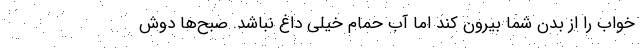
خواب را از بدن شما بیرون کند اما آب حمام خیلی داغ نباشد. صبح‌ها دوش